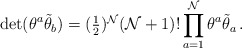
\begin{align*}\det(\theta^{a}\tilde{\theta}_{b})=(\textstyle{\frac{1}{2}})^{{\cal N}}({\cal N}+1)!\,\displaystyle{\prod_{a=1}^{{\cal N}}\theta^{a}\tilde{\theta}_{a}}\,.\end{align*}